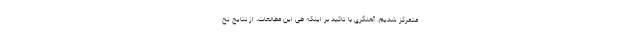
متمرکز شدیم. آهنگری با تاکید بر اینکه طی این مطالعات، از نتایج تح